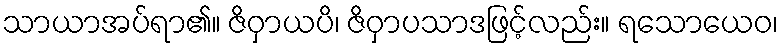
သာယာအပ်ရာ၏။ ဇိဝှာယပိ၊ ဇိဝှာပသာဒဖြင့်လည်း။ ရသောယေဝ၊